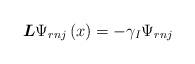
LaTeX: \begin{align*}\boldsymbol{L}\Psi_{rnj}\left( x\right) =-\gamma_{I}\Psi_{rnj} \end{align*}